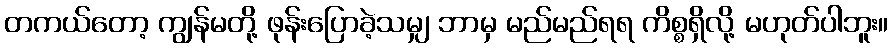
တကယ်တော့ ကျွန်မတို့ ဖုန်းပြောခဲ့သမျှ ဘာမှ မည်မည်ရရ ကိစ္စရှိလို့ မဟုတ်ပါဘူး။